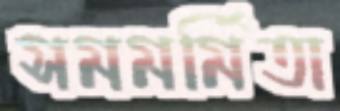
সমমর্মিতা